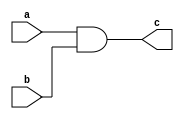
module andgate (
    a,b,c
);
    input a,b;
    output c;

    // and(c,a,b); // gate level 
     assign c=a&b; //dataflow 

endmodule